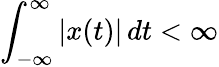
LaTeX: \int_{-\infty}^{\infty}|x(t)|\, dt<\infty